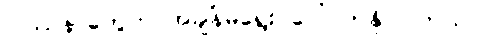
ပြဿနာတွေက အချိန်မရွေး ပေါ်လာနိုင်ပါတယ်။